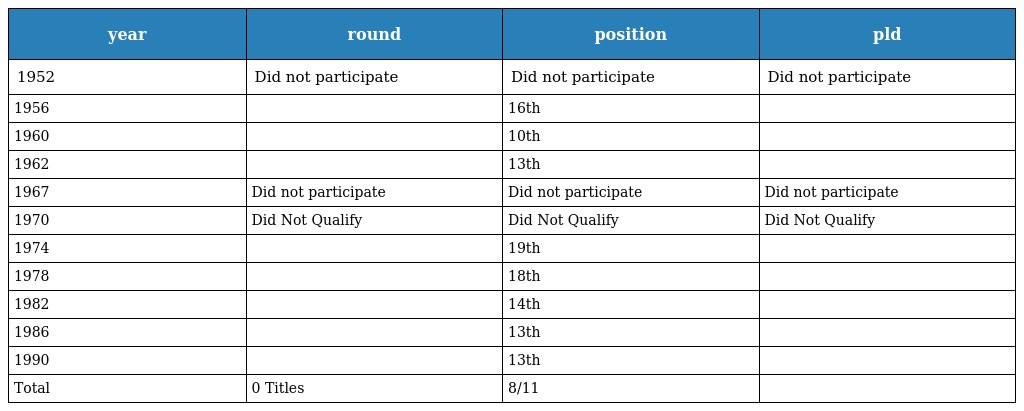
| year | round | position | pld |
 | --- | --- | --- | --- |
 | 1952 | Did not participate | Did not participate | Did not participate |
 | 1956 |  | 16th |  |
 | 1960 |  | 10th |  |
 | 1962 |  | 13th |  |
 | 1967 | Did not participate | Did not participate | Did not participate |
 | 1970 | Did Not Qualify | Did Not Qualify | Did Not Qualify |
 | 1974 |  | 19th |  |
 | 1978 |  | 18th |  |
 | 1982 |  | 14th |  |
 | 1986 |  | 13th |  |
 | 1990 |  | 13th |  |
 | Total | 0 Titles | 8/11 |  |